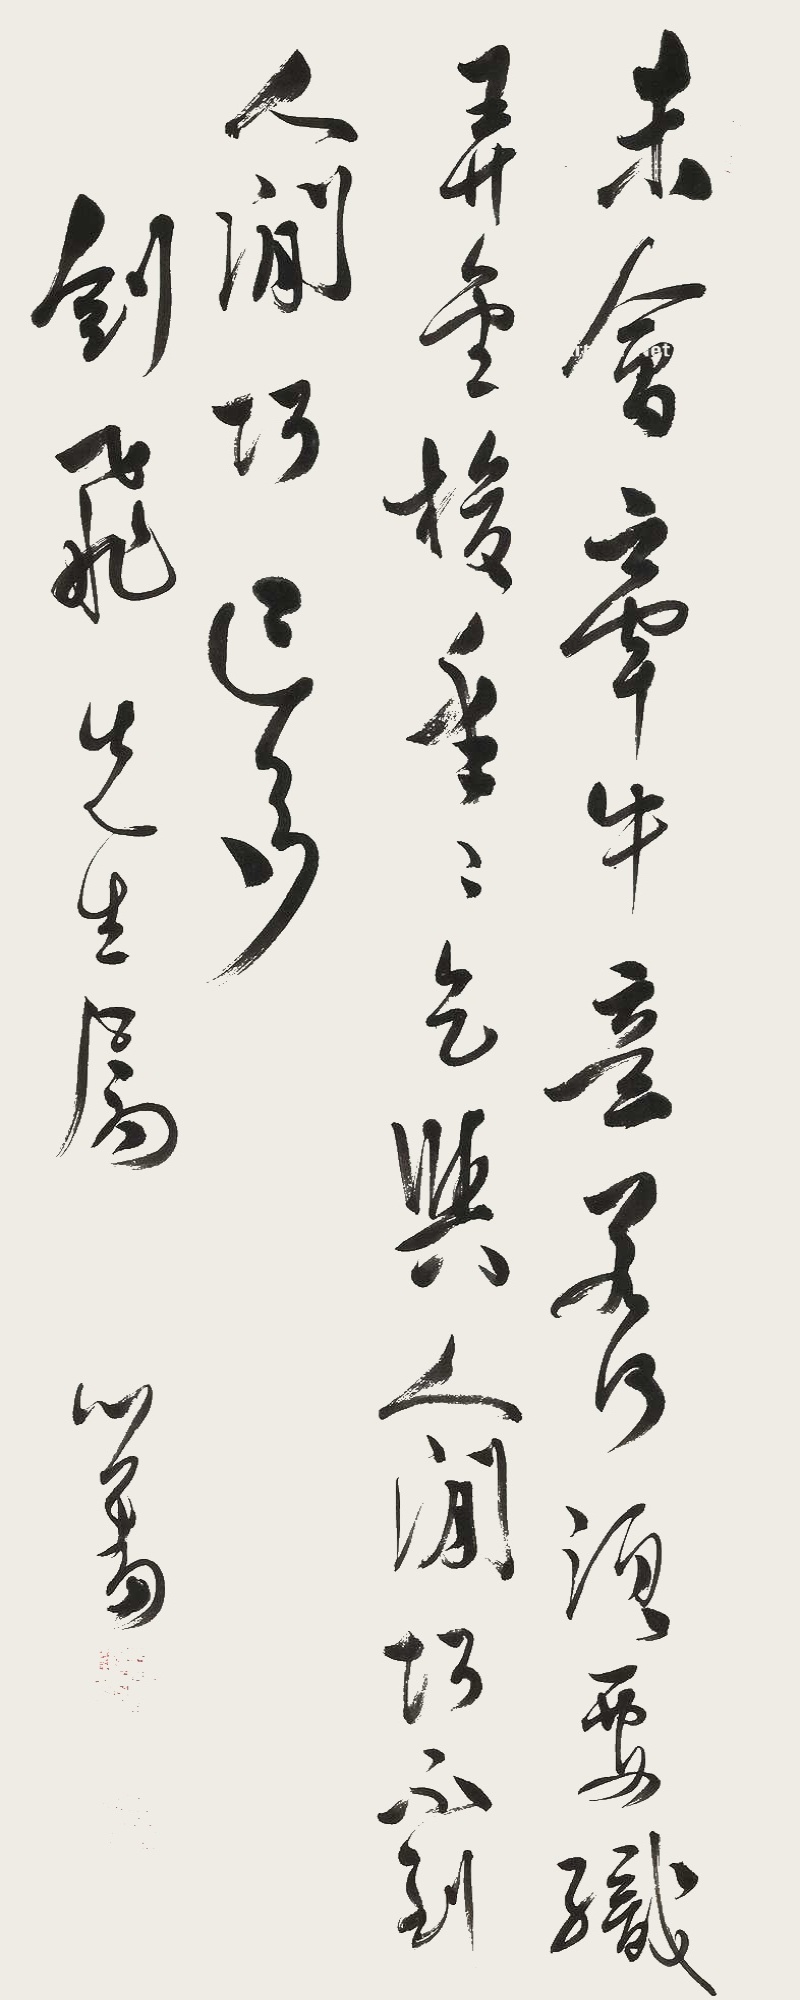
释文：未会牵牛意若何，须要织（女）弄金梭。年年乞与人间巧，不到人间巧已多。剑飞先生属，心畬。